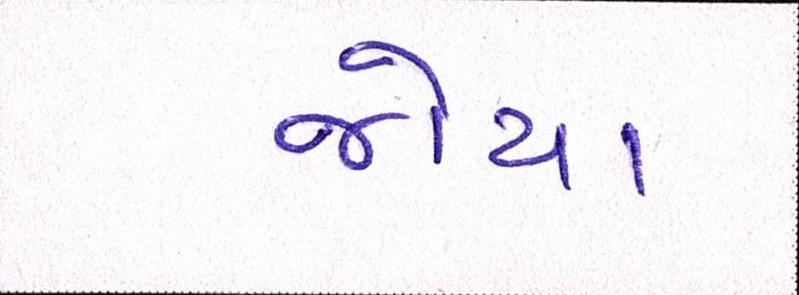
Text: જોયા